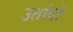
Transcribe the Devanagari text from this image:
उर्तादो